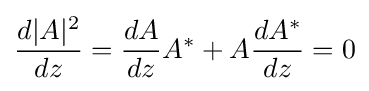
{\frac {d|A|^{2}}{dz}}={\frac {dA}{dz}}A^{*}+A{\frac {dA^{*}}{dz}}=0